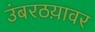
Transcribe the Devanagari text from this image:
उंबरठय़ावर